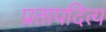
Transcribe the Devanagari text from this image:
प्रतापदित्य